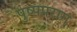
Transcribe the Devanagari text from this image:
पुष्पपराग